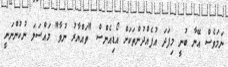
ނަމަވެސް އޭނާ ބުނީ މިފަދަ އުފެއްދުންތަކަށް އޯޑިއެންސް "ތައްޔާރު ނުވާ" މައްސަލަ ނުކުންނަނީ